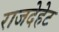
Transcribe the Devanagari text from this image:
राजदेहेट